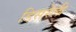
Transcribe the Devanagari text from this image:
डिसरेली